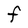
Character: F